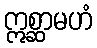
ဣစ္ဆာမဟံ